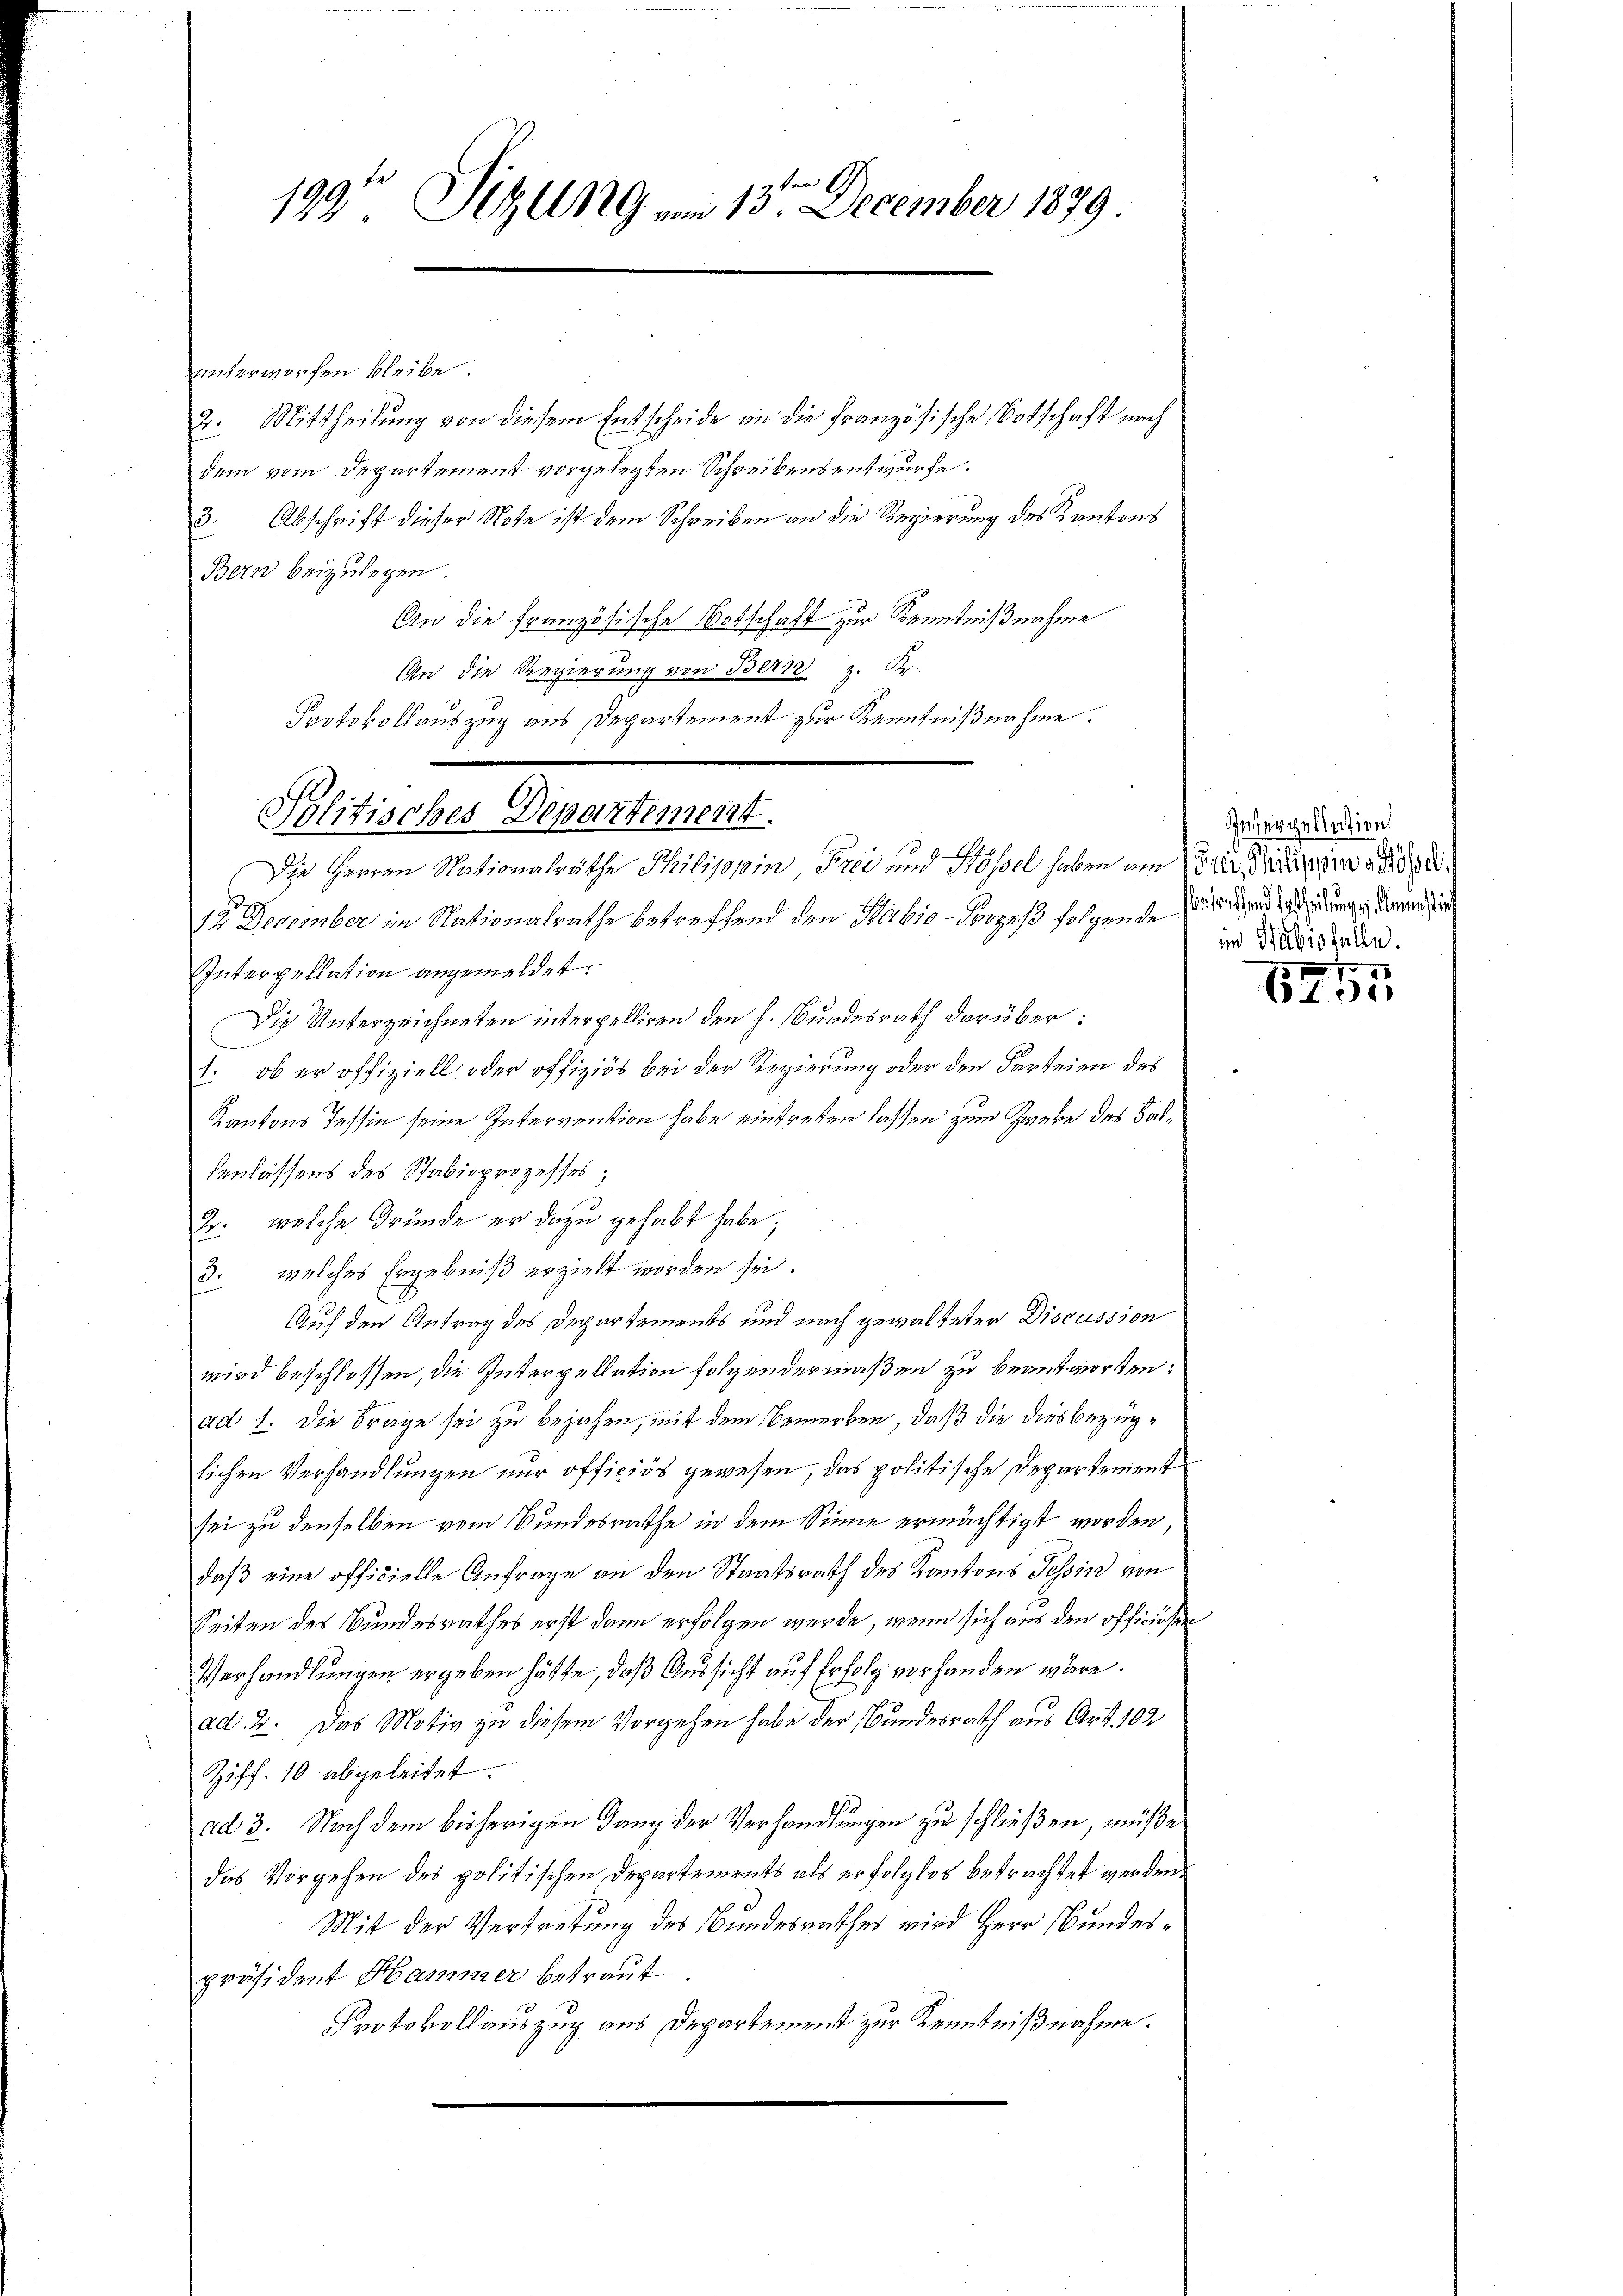
G.
199. Sitzung vom 13. December 1879

unterworfen bleibe.
2. Mittheilung von diesem Entscheide an die französische Botschaft nach
dem vom Departement vorgelegten Schreibensentwurfe.
3. Abschrift dieser Note ist dem Schreiben an die Regierung des Kantons
Bern beizulegen.
An die Französische Botschaft zur Kenntnißnahme
An die Regierung von Bern z. R.
12 December in Nationalrathe betreffend den Habio - Polzes folgende Gedanken adridung in der und in
Interpellation angemeldet.
Die Unterzeichneten interpelliren den h. Bundesrath darüber:
1. ob er offiziell oder offiziös bei der Regierung oder den Parteien des
Kantons Tessin seine Intervention habe eintreten lassen zum Zweke des Balhenlassens des Stabioprozesses;
2. welche Gründe er dazu gehabt habe;
3. welches Ergebniß erzielt worden sei.
Auf den Antrag des Departements und nach gewalteter Discussion
wird beschlossen, die Interpellation folgendermaßen zu beantworten:
ad 1. Die Frage sei zu bejahen, mit dem Bemerken, daß die diesbezüglichen Verhandlungen nur officiös gewesen, das politische Departement
sei zu denselben vom Bundesrathe in dem Sinne ermächtigt worden,
daß eine officielle Anfrage an den Staatsrath des Kantons Tessin von
Seiten des Bundesrathes erst dann erfolgen werde, wenn sich aus den officieren
Verhandlungen ergeben hätte, daß Aussicht auf Erfolg vorhanden wäre.
ad. 2. Das Motiv zu diesem Vorgehen habe der Bundesrath aus Art. 102
Ziff. 10 abgeleitet.
ad 3. Nach dem bisherigen Gang der Verhandlungen zu schließen, müße
das Vorgehen des politischen Departements als erfolglos betrachtet werden.
Mit der Vertretung des Bundesrathes wird Herr Bundespräsident Hammer betraut.
Protokollauszug aus Departement zur Kenntnißnahme.

Protokollauszug aus Departement zur Kenntnißnahme.
Politisches Departement.
Die Herren Nationalräthe Philippin, Frei und Hösel haben am 15 rl. Mai d. 2

Interpellasigen.
in Babisfelle.
.

6755